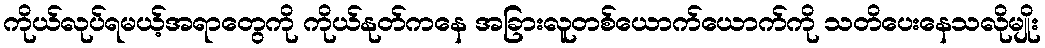
ကိုယ်လုပ်ရမယ့်အရာတွေကို ကိုယ်နုတ်ကနေ အခြားလူတစ်ယောက်ယောက်ကို သတိပေးနေသလိုမျိုး